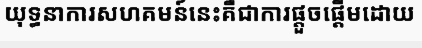
យុទ្ធនាការសហគមន៍នេះគឺជាការផ្តួចផ្តើមដោយ